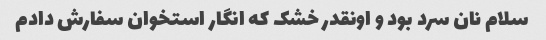
سلام نان سرد بود و اونقدر خشک که انگار استخوان سفارش دادم